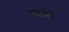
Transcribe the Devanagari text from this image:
स्वक्ष